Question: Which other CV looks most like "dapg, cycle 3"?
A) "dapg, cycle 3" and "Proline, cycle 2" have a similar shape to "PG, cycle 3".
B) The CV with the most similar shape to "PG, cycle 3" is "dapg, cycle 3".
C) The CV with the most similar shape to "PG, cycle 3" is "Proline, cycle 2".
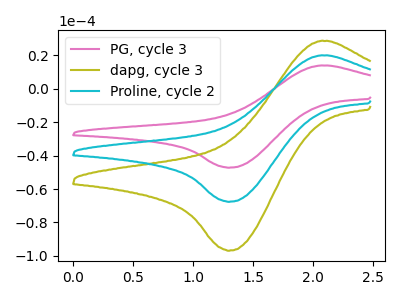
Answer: <think>The pink curve "PG, cycle 3" has an anodic peak at (2.05V, 13.95uA) and a cathodic peak at (1.30V, -47.20uA). The olive curve "dapg, cycle 3" has an anodic peak at (2.05V, 39.95uA) and a cathodic peak at (1.30V, -135.30uA). The cyan curve "Proline, cycle 2" has an anodic peak at (2.05V, 20.00uA) and a cathodic peak at (1.30V, -67.65uA).
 All the peaks in "PG, cycle 3" have a peak in "dapg, cycle 3" at the same potential. Every peak in "PG, cycle 3" is lower than every peak in "dapg, cycle 3". All the peaks in "PG, cycle 3" have a peak in "Proline, cycle 2" at the same potential. Every peak in "PG, cycle 3" is lower than every peak in "Proline, cycle 2". All the peaks in "dapg, cycle 3" have a peak in "Proline, cycle 2" at the same potential. Every peak in "dapg, cycle 3" is higher than every peak in "Proline, cycle 2".</think>
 <answer>A) "dapg, cycle 3" and "Proline, cycle 2" have a similar shape to "PG, cycle 3".</answer>
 <eval>A</eval>